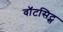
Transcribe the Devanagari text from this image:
वॉटसिट्स